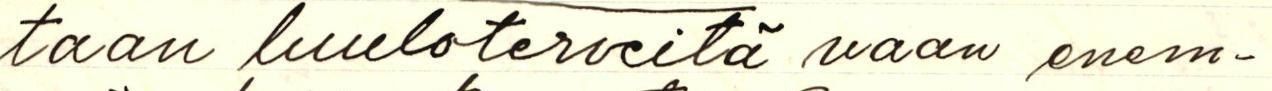
taan luuloterveitä vaan enem-